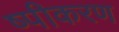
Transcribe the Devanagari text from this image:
ष्पीकरण